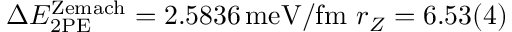
\Delta E _ { \mathrm { 2 P E } } ^ { \mathrm { Z e m a c h } } = 2 . 5 8 3 6 \, \mathrm { m e V / f m } ~ r _ { Z } = 6 . 5 3 ( 4 )